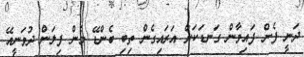
ދަނީ ފެން ފައިވާން ގަނޑަކަށް އަރައިގެން ތިބި ބެންޑޭ މެން ފިލަން ދުވަނީއޭ